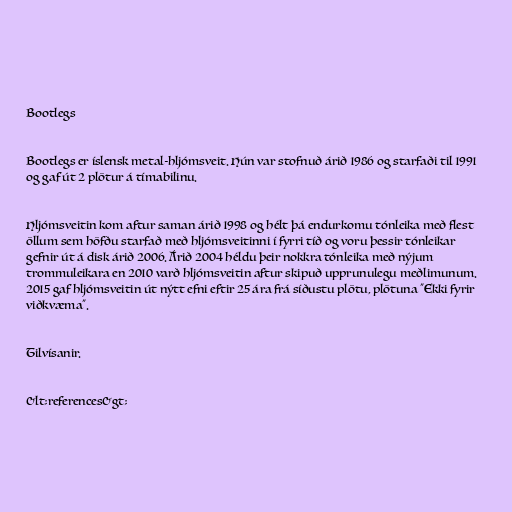
Bootlegs

Bootlegs er íslensk metal-hljómsveit. Hún var stofnuð árið 1986 og starfaði til 1991
og gaf út 2 plötur á tímabilinu.

Hljómsveitin kom aftur saman árið 1998 og hélt þá endurkomu tónleika með flest
öllum sem höfðu starfað með hljómsveitinni í fyrri tíð og voru þessir tónleikar
gefnir út á disk árið 2006. Árið 2004 héldu þeir nokkra tónleika með nýjum
trommuleikara en 2010 varð hljómsveitin aftur skipuð upprunulegu meðlimunum.
2015 gaf hljómsveitin út nýtt efni eftir 25 ára frá síðustu plötu, plötuna "Ekki fyrir
viðkvæma".

Tilvísanir.

&lt;references&gt;